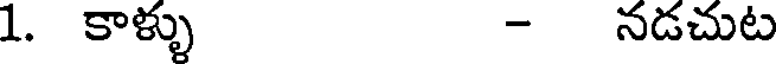
1. కాళ్ళు - నడచుట